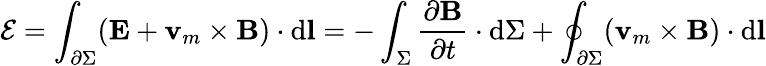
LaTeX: {\mathcal{E}}=\int_{\partial\Sigma}(\mathbf{E}+\mathbf{v}_{m}\times\mathbf{B})\cdot\mathrm{d}\mathbf{l}=-\int_{\Sigma}{\frac{\partial\mathbf{B}}{\partial t}}\cdot\mathrm{d}\Sigma+\oint_{\partial\Sigma}(\mathbf{v}_{m}\times\mathbf{B})\cdot\mathrm{d}\mathbf{l}